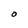
Character: O